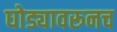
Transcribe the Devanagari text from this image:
घोड्यावरूनच